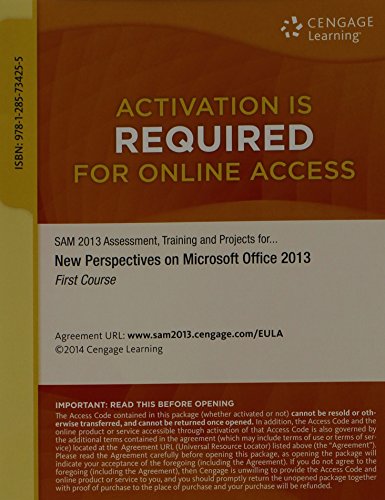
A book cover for SAM 2013 Assessment, Training, and Projects with MindTap Reader Printed Access Card for Shaffer/Carey/Parsons/Oja/Finnegan's New Perspectives on Microsoft Office 2013, First Course; Ann Shaffer; Computers & Technology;